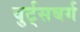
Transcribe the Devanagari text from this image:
वुर्ट्‌सबर्ग